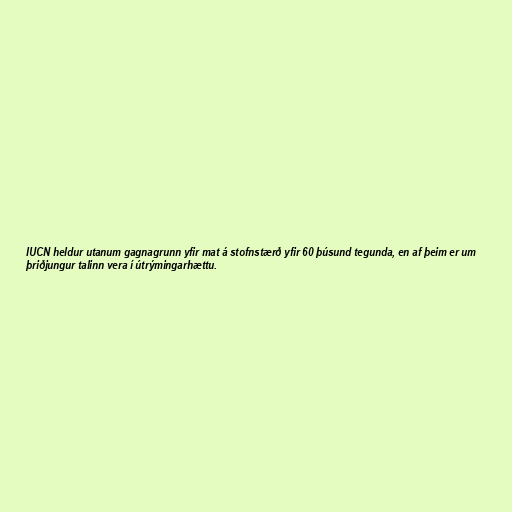
IUCN heldur utanum gagnagrunn yfir mat á stofnstærð yfir 60 þúsund tegunda, en af þeim er um
þriðjungur talinn vera í útrýmingarhættu.